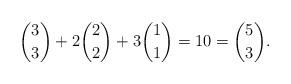
LaTeX: \begin{align*}\binom{3}{3}+2\binom{2}{2}+3\binom{1}{1}=10=\binom{5}{3}.\end{align*}